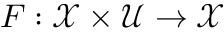
F : \mathcal { X } \times \mathcal { U } \rightarrow \mathcal { X }